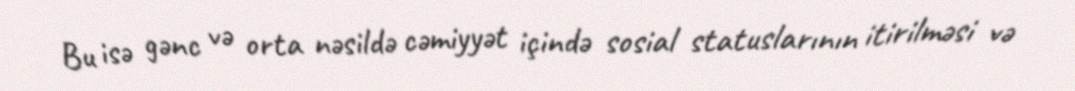
Bu isə gənc və orta nəsildə cəmiyyət içində sosial statuslarının itirilməsi və